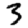
Digit: 3